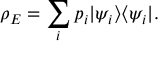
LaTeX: \rho _ { E } = \sum _ { i } p _ { i } | \psi _ { i } \rangle \langle \psi _ { i } | .